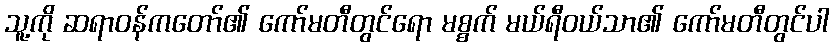
သူ့ကို ဆရာဝန်ကတော်၏ ကော်မတီတွင်ရော မစ္စက် မယ်ရီဝယ်သာ၏ ကော်မတီတွင်ပါ